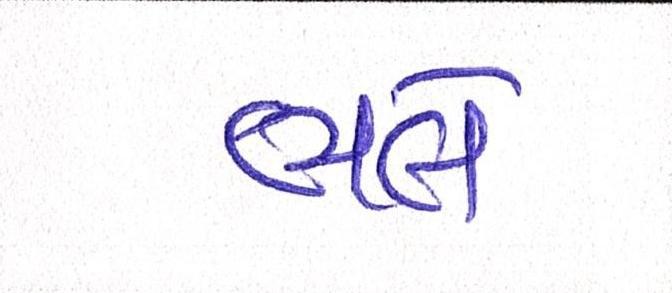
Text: ભલે